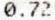
0.72